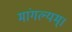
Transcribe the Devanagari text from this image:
मांगल्यम्।